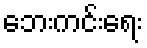
ဘေးကင်းရေး